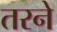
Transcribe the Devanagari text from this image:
तरने